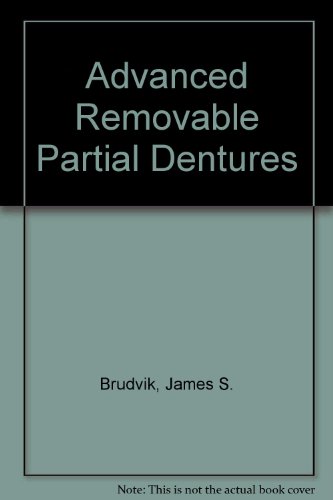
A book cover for Advanced Removable Partial Dentures; James S. Brudvik; Medical Books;